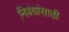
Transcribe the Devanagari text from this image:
निबंधांसाठी